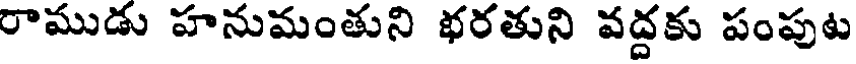
రాముడు హనుమంతుని భరతుని వద్దకు పంపుట